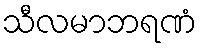
သီလမာဘရဏံ